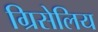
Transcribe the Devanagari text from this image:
ग्रिसेलिय